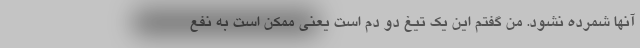
آنها شمرده نشود. من گفتم این یک تیغ دو دم است یعنی ممکن است به نفع